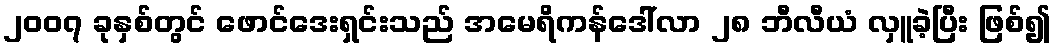
၂၀၀၇ ခုနှစ်တွင် ဖောင်ဒေးရှင်းသည် အမေရိကန်ဒေါ်လာ ၂၈ ဘီလီယံ လှူခဲ့ပြီး ဖြစ်၍